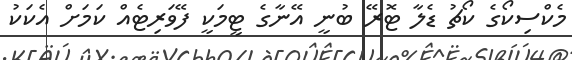
މެކްސިކޯގެ ކޯޗު ޑެލާ ޓޮރޭ ބުނީ އޭނާގެ ޓީމަކީ ފޭވަރިޓެއް ކަމަށް އެކަކު